Annual administration and progress report of the Indian Medical Department, Bombay
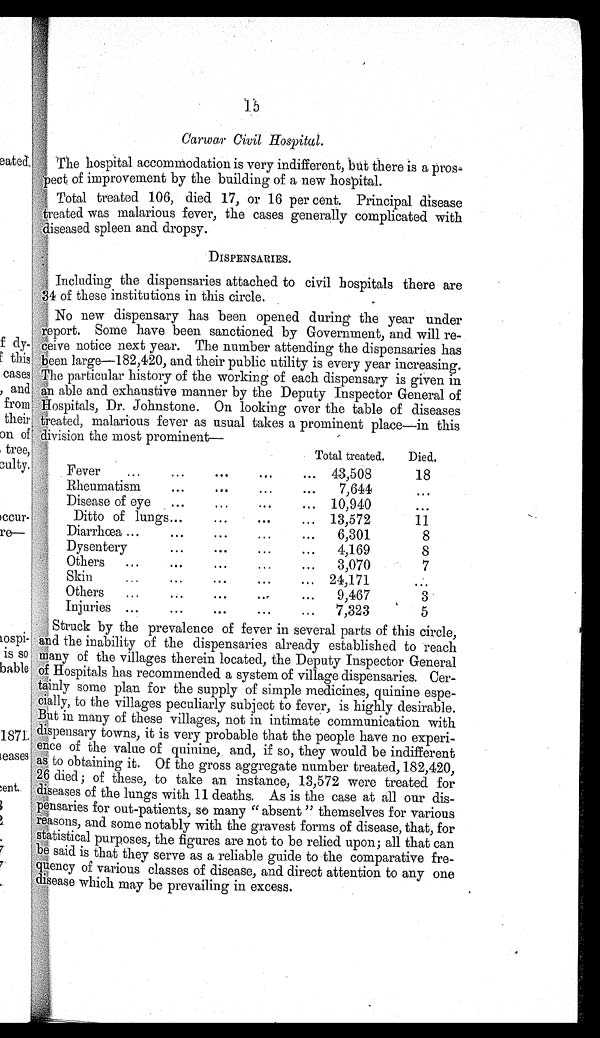
15 Carwar Civil Hospital.
The hospital accommodation is very indifferent, but there is a pros-
pect of improvement by the building of a new hospital.
Total treated 106, died 17, or 16 per cent. Principal disease
treated was malarious fever, the cases generally complicated with
diseased spleen and dropsy.
DISPENSARIES.
Including the dispensaries attached to civil hospitals there are
34 of these institutions in this circle.
No new dispensary has been opened during the year under
report. Some have been sanctioned by Government, and will re-
ceive notice next year. The number attending the dispensaries has
been large—182,420, and their public utility is every year increasing.
The particular history of the working of each dispensary is given in
an able and exhaustive manner by the Deputy Inspector General of
Hospitals, Dr. Johnstone. On looking over the table of diseases
treated, malarious fever as usual takes a prominent place—in this
division the most prominent—
Total treated. Died.
Fever
...
...
...
...
... 43,508
18
Rheumatism
...
. . .
...
... 7,644
...
Disease of eye ...
...
. . .
... 10,940
...
Ditto of lungs ...
...
. . .
... 13,572
11
Diarrhœa . . .
...
. . .
...
... 6,301
8
Dysentery
...
. . .
...
... 4,169
8
Others ...
...
...
...
... 3,070
7
Skin
. . .
...
...
...
... 24,171
...
Others ...
...
...
. . .
... 9,467
3
Injuries ...
...
...
. . .
... 7,323
5
Struck by the prevalence of fever in several parts of this circle,
and the inability of the dispensaries already established to reach
many of the villages therein located, the Deputy Inspector General
of Hospitals has recommended a system of village dispensaries. Cer-
tainly some plan for the supply of simple medicines, quinine espe-
cially, to the villages peculiarly subject to fever, is highly desirable.
But in many of these villages, not in intimate communication with
dispensary towns, it is very probable that the people have no experi-
ence of the value of quinine, and, if so, they would be indifferent
as to obtaining it. Of the gross aggregate number treated, 182,420,
26 died; of these, to take an instance, 13,572 were treated for
diseases of the lungs with 11 deaths. As is the case at all our dis-
pensaries for out-patients, so many "absent" themselves for various
reasons, and some notably with the gravest forms of disease, that, for
statistical purposes, the figures are not to be relied upon; all that can
be said is that they serve as a reliable guide to the comparative fre-
quency of various classes of disease, and direct attention to any one
disease which may be prevailing in excess.